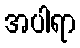
အပါရာ